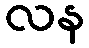
လန